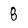
Character: 8